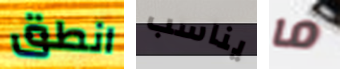
انطق يناسب ما